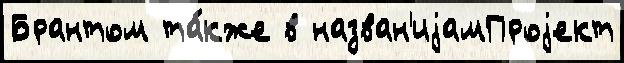
Брантом та́кже в назван'иjамПроjект